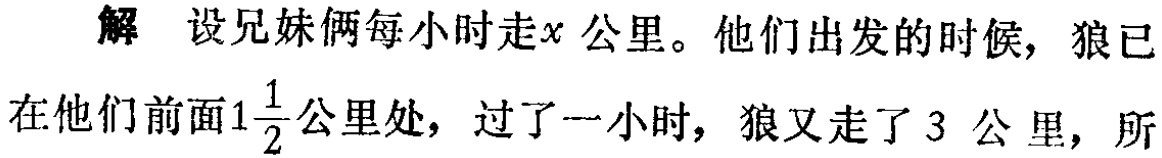
解 设兄妹俩每小时走\(x\)公里。他们出发的时候，狼已在他们前面\(1\frac{1}{2}\)公里处，过了一小时，狼又走了\(3\) 公里，所